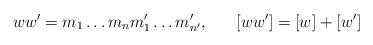
LaTeX: \begin{align*}ww^{\prime} = m_{1} \ldots m_{n} m^{\prime}_{1} \ldots m^{\prime}_{n^{\prime}}, \;\;\;\;\;\; [ww^{\prime}] = [w]+[w^{\prime}]\end{align*}